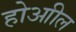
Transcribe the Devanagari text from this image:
होआील